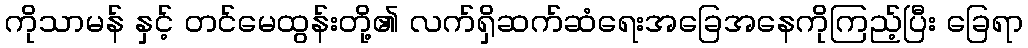
ကိုသာမန် နှင့် တင်မေထွန်းတို့၏ လက်ရှိဆက်ဆံရေးအခြေအနေကိုကြည့်ပြီး ခြေရာ